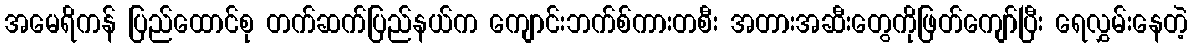
အမေရိကန် ပြည်ထောင်စု တက်ဆက်ပြည်နယ်က ကျောင်းဘက်စ်ကားတစီး အတားအဆီးတွေကိုဖြတ်ကျော်ပြီး ရေလွှမ်းနေတဲ့